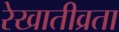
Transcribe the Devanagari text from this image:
रेखातीव्रता